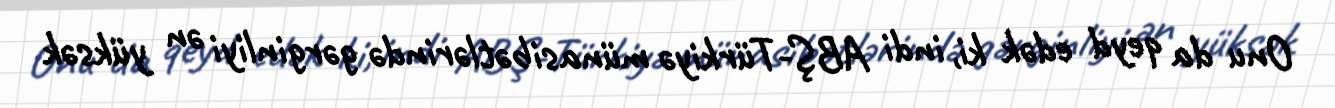
Onu da qeyd edək ki, indi ABŞ-Türkiyə münasibətlərində gərginliyi ən yüksək